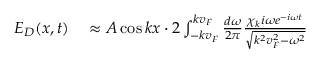
\begin{array} { r l } { E _ { D } ( x , t ) } & { { } \approx A \cos k x \cdot 2 \int _ { - k v _ { F } } ^ { k v _ { F } } \frac { d \omega } { 2 \pi } \frac { \chi _ { k } i \omega e ^ { - i \omega t } } { \sqrt { k ^ { 2 } v _ { F } ^ { 2 } - \omega ^ { 2 } } } } \end{array}